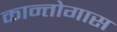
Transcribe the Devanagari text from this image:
कान्तोगास